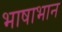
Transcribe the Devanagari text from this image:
भाषाभान